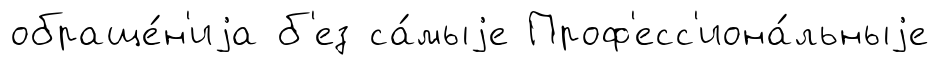
обраще́н'иjа б'ез са́мыjе Проф'есс'иона́льныjе